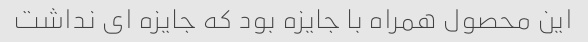
این محصول همراه با جایزه بود که جایزه ای نداشت